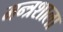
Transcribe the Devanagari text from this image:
मन्त्रशाला